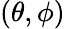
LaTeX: (\theta,\phi)